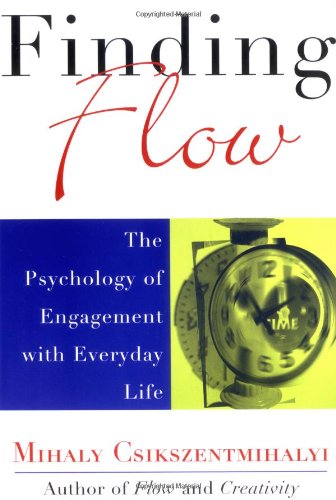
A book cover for Finding Flow: The Psychology of Engagement with Everyday Life (Masterminds Series); Mihaly Csikszentmihalyi; Health, Fitness & Dieting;